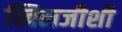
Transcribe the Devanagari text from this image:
खिलजीशी